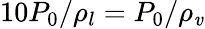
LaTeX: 10P_{0}/\rho_{l}=P_{0}/\rho_{\mathit{v}}